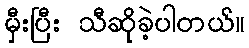
မှီးပြီး သီဆိုခဲ့ပါတယ်။